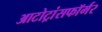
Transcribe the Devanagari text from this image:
आटोट्रांसफॉर्मर